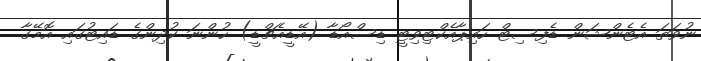
ނުވަތަ އެޓެންޝަން ޑެފިސިޓް ހައިޕާއެކްޓިވިޓީ ޑިސްއޯޑާ (އޭޑީއެޗްޑީ) ހުންނަ ކުދިންގެ ޑައިޓުގައި އޮމޭގާ